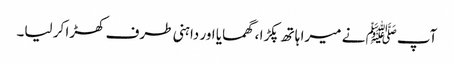
آپﷺ نے میرا ہاتھ پکڑا ، گھمایا اور داہنی طرف کھڑا کر لیا۔